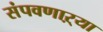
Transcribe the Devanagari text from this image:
संपवणाऱ्या